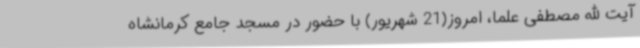
آیت الله مصطفی علما، امروز(21 شهریور) با حضور در مسجد جامع کرمانشاه